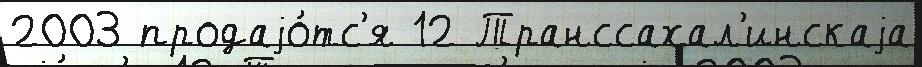
2003 продаjо́тс'я 12 Транссахал'инскаjа